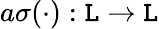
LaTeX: a\sigma(\cdot):\mathtt{L}\to\mathtt{L}